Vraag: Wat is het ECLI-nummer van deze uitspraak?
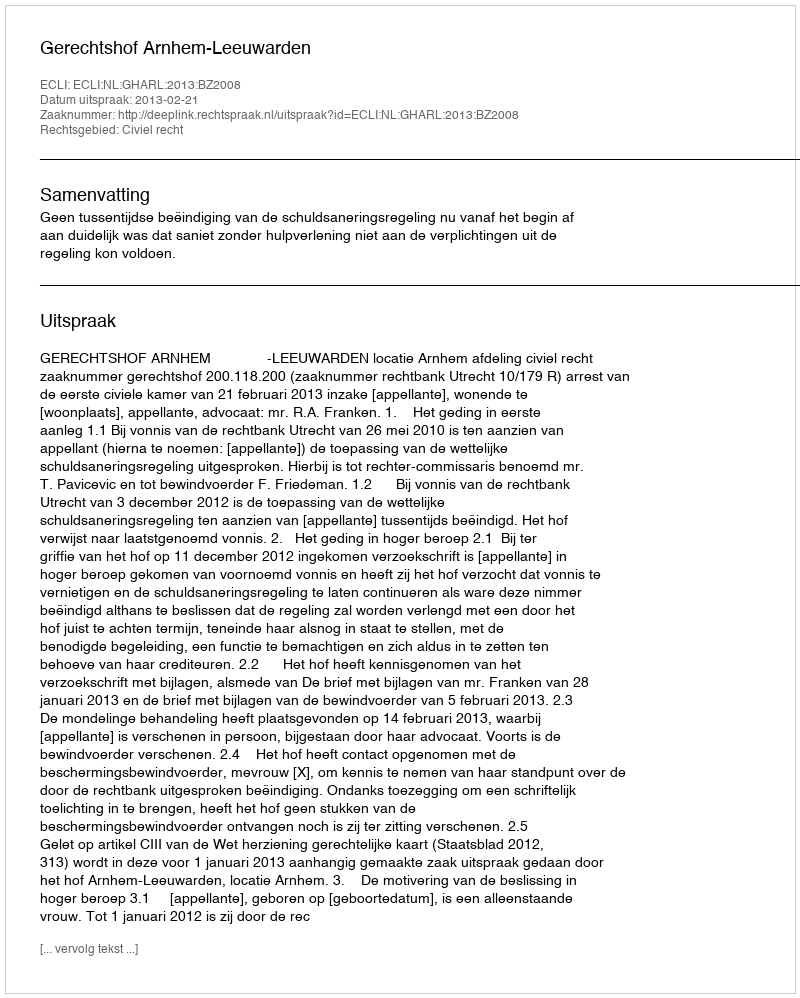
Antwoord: ECLI:NL:GHARL:2013:BZ2008